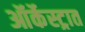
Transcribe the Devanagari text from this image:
ऑर्केस्ट्रात